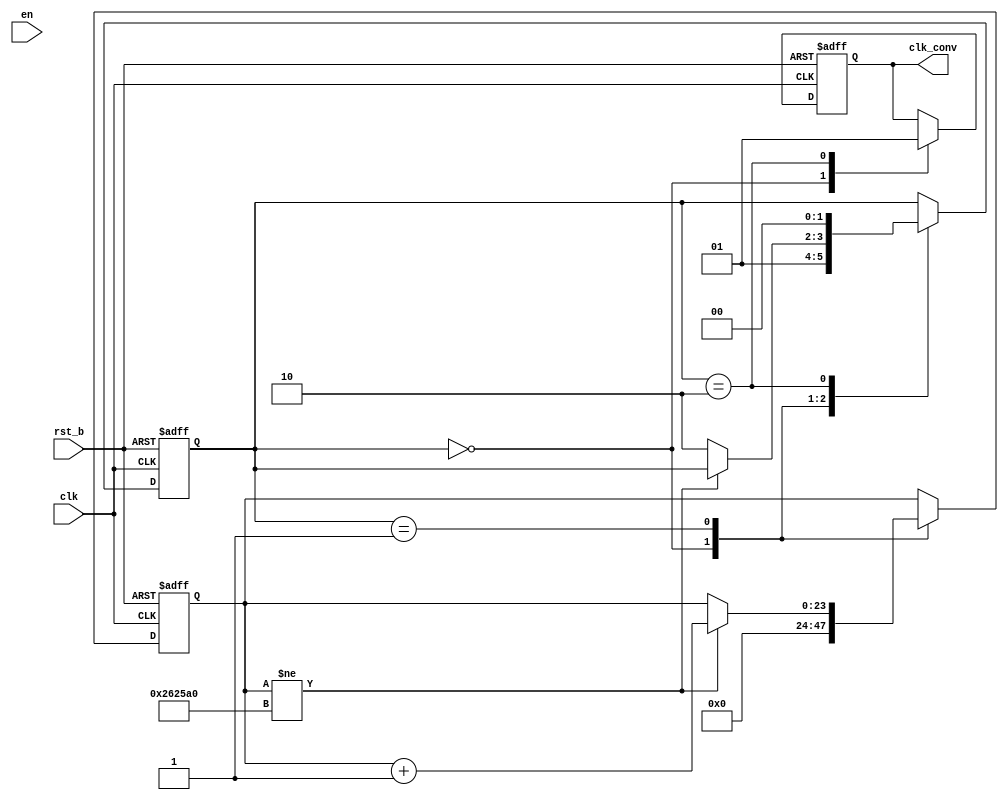
//Set CLOCK_FREQ TO 2500 FOR MILISECOND
//Set CLOCK_FREQ TO 2500000 FOR SECOND
module time_converter #(parameter CLOCK_FREQ = 2500000)(input clk, rst_b, en, 
output clk_conv);

	localparam IDLE= 2'b00;
	localparam CONVERTING = 2'b01;
	localparam OUT = 2'b10;

	localparam s = 5'b11000;
		
	reg [1:0] state_reg, state_next;
	reg [s-1:0] cnt_reg, cnt_next;
	reg clk_conv_reg, clk_conv_next;

	always@(posedge clk or negedge rst_b) begin

		if(!rst_b)begin
			state_reg <= IDLE;
			cnt_reg<=0;
			clk_conv_reg<=0;
		end
		else begin
			state_reg <= state_next;
			cnt_reg <= cnt_next;
		clk_conv_reg <= clk_conv_next;
		end
	end

	always@(*)begin
		state_next = state_reg;
		cnt_next = cnt_reg;
		clk_conv_next = clk_conv_reg;
		case(state_reg) 
			IDLE:
				begin
					clk_conv_next = 0;
					cnt_next = 0;
					state_next = CONVERTING ;
				end
			CONVERTING :
				begin
					if( cnt_reg != CLOCK_FREQ )begin 
					cnt_next = cnt_reg + 1;
					end
					else state_next = OUT; 
				end
			OUT:
				begin
					clk_conv_next = 1'b1;
					state_next = IDLE;
				end
		endcase	
	end
	assign clk_conv = clk_conv_reg;
	
endmodule